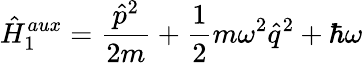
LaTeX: \hat{H}_{1}^{aux}=\frac{\hat{p}^{2}}{2m}+\frac{1}{2}m\omega^{2}\hat{q}^{2}+\hbar\omega